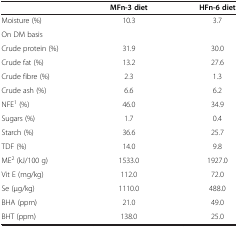
|  | MFn-3 diet | HFn-6 diet |
 | --- | --- | --- |
 | Moisture (%) | 10.3 | 3.7 |
 | On DM basis |  |  |
 | Crude protein (%) | 31.9 | 30.0 |
 | Crude fat (%) | 13.2 | 27.6 |
 | Crude fibre (%) | 2.3 | 1.3 |
 | Crude ash (%) | 6.6 | 6.2 |
 | NFE1 (%) | 46.0 | 34.9 |
 | Sugars (%) | 1.7 | 0.4 |
 | Starch (%) | 36.6 | 25.7 |
 | TDF (%) | 14.0 | 9.8 |
 | ME2 (kJ/100 g) | 1533.0 | 1927.0 |
 | Vit E (mg/kg) | 112.0 | 72.0 |
 | Se (μg/kg) | 1110.0 | 488.0 |
 | BHA (ppm) | 21.0 | 49.0 |
 | BHT (ppm) | 138.0 | 25.0 |